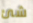
شئ